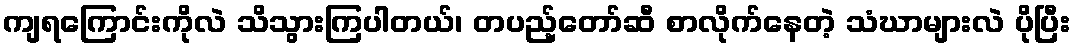
ကျရကြောင်းကိုလဲ သိသွားကြပါတယ်၊ တပည့်တော်ဆီ စာလိုက်နေတဲ့ သံဃာများလဲ ပိုပြီး